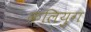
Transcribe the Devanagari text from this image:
कलियुग